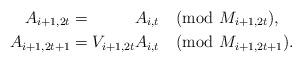
LaTeX: \begin{align*} A_{i+1,2t} & = \phantom{V_{i+1,2t}} A_{i,t} \pmod{M_{i+1, 2t}}, \\ A_{i+1,2t+1} & = V_{i+1,2t} A_{i,t} \pmod{M_{i+1,2t+1}}. \end{align*}